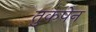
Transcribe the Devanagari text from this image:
तुकपेन